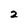
Character: 2